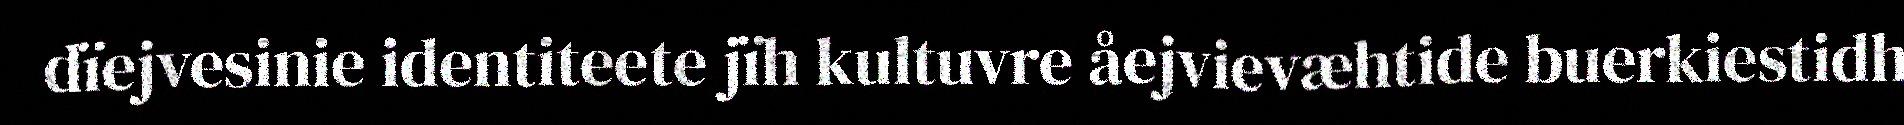
dïejvesinie identiteete jïh kultuvre åejvievæhtide buerkiestidh